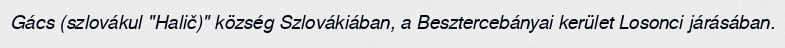
Gács (szlovákul "Halič)" község Szlovákiában, a Besztercebányai kerület Losonci járásában.